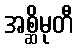
အစ္ဆိမုတီ